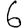
Digit: 6